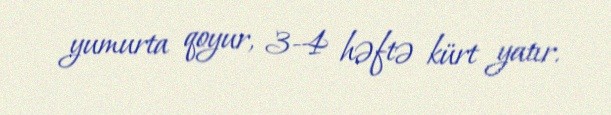
yumurta qoyur, 3-4 həftə kürt yatır.